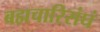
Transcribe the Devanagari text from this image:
बह्मचारिसंघं